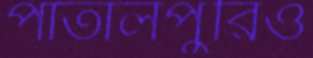
পাতালপুরিও